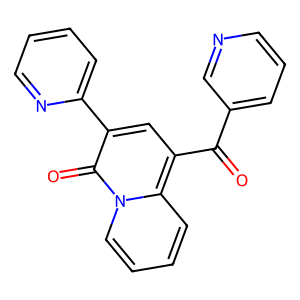
SMILES: O=C(c1cccnc1)c1cc(-c2ccccn2)c(=O)n2ccccc12
Inhibits HIV replication: No